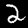
Digit: 2